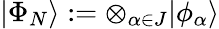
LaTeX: \vert\Phi_{N}\rangle:=\otimes_{\alpha\in J}\vert\phi_{\alpha}\rangle